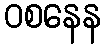
ဝစနေန